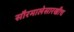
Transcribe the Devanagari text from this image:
सौरमालेसारखीच